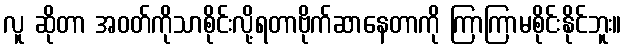
လူ ဆိုတာ အဝတ်ကိုသာစိုင်းလို့ရတာဗိုက်ဆာနေတာကို ကြာကြာမစိုင်းနိုင်ဘူး။